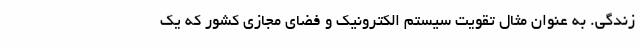
زندگی. به عنوان مثال تقویت سیستم الکترونیک و فضای مجازی کشور که یک